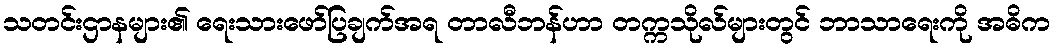
သတင်းဌာနများ၏ ရေးသားဖော်ပြချက်အရ တာလီဘန်ဟာ တက္ကသိုလ်များတွင် ဘာသာရေးကို အဓိက